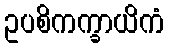
ဥပစိကက္ခာယိကံ